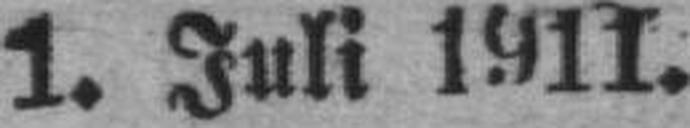
1. Juli 1911.